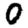
Digit: 0